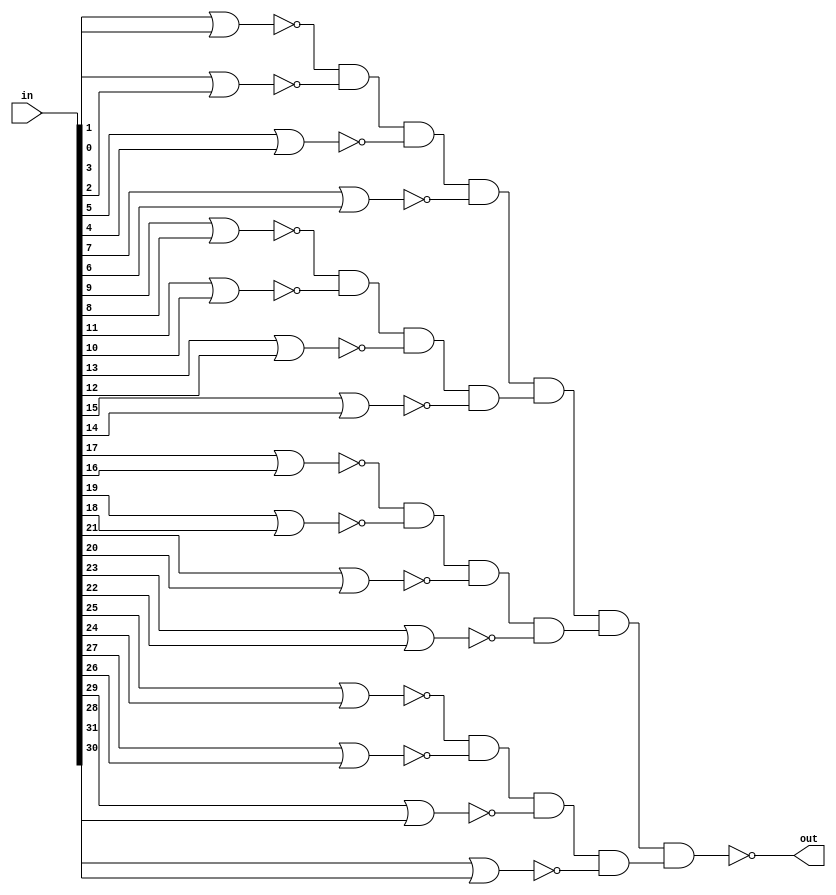
// ========== Copyright Header Begin ==========================================
// 
// OpenSPARC T1 Processor File: sparc_exu_aluor32.v
// Copyright (c) 2006 Sun Microsystems, Inc.  All Rights Reserved.
// DO NOT ALTER OR REMOVE COPYRIGHT NOTICES.
// 
// The above named program is free software; you can redistribute it and/or
// modify it under the terms of the GNU General Public
// License version 2 as published by the Free Software Foundation.
// 
// The above named program is distributed in the hope that it will be 
// useful, but WITHOUT ANY WARRANTY; without even the implied warranty of
// MERCHANTABILITY or FITNESS FOR A PARTICULAR PURPOSE.  See the GNU
// General Public License for more details.
// 
// You should have received a copy of the GNU General Public
// License along with this work; if not, write to the Free Software
// Foundation, Inc., 51 Franklin St, Fifth Floor, Boston, MA 02110-1301, USA.
// 
// ========== Copyright Header End ============================================
////////////////////////////////////////////////////////////////////////
/*
//  Module Name: sparc_exu_aluor32
//	Description: This block performs a 32 bit OR of the input source.
//			The result is the output nonzero.
*/


module sparc_exu_aluor32
  (/*AUTOARG*/
   // Outputs
   out, 
   // Inputs
   in
   );

   input [31:0] in;         // input to be compared to zero

   output       out;       // or of input bits

   wire         nor1_1;
   wire         nor1_2;
   wire         nor1_3;
   wire         nor1_4;
   wire         nor1_5;
   wire         nor1_6;
   wire         nor1_7;
   wire         nor1_8;
   wire         nor1_9;
   wire         nor1_10;
   wire         nor1_11;
   wire         nor1_12;
   wire         nor1_13;
   wire         nor1_14;
   wire         nor1_15;
   wire         nor1_16;
   wire         nand2_1;
   wire         nand2_2;
   wire         nand2_3;
   wire         nand2_4;
   wire         inv3_1;
   wire         inv3_2;
   wire         inv3_3;
   wire         inv3_4;

   assign       nor1_1 = ~(in[1] | in[0]);
   assign       nor1_2 = ~(in[3] | in[2]);
   assign       nor1_3 = ~(in[5] | in[4]);
   assign       nor1_4 = ~(in[7] | in[6]);
   assign       nor1_5 = ~(in[9] | in[8]);
   assign       nor1_6 = ~(in[11] | in[10]);
   assign       nor1_7 = ~(in[13] | in[12]);
   assign       nor1_8 = ~(in[15] | in[14]);
   assign       nor1_9 = ~(in[17] | in[16]);
   assign       nor1_10 = ~(in[19] | in[18]);
   assign       nor1_11 = ~(in[21] | in[20]);
   assign       nor1_12 = ~(in[23] | in[22]);
   assign       nor1_13 = ~(in[25] | in[24]);
   assign       nor1_14 = ~(in[27] | in[26]);
   assign       nor1_15 = ~(in[29] | in[28]);
   assign       nor1_16 = ~(in[31] | in[30]);

   assign       nand2_1 = ~(nor1_1 & nor1_2 & nor1_3 & nor1_4);
   assign       nand2_2 = ~(nor1_5 & nor1_6 & nor1_7 & nor1_8);
   assign       nand2_3 = ~(nor1_9 & nor1_10 & nor1_11 & nor1_12);
   assign       nand2_4 = ~(nor1_13 & nor1_14 & nor1_15 & nor1_16);

   assign       inv3_1 = ~nand2_1;
   assign       inv3_2 = ~nand2_2;
   assign       inv3_3 = ~nand2_3;
   assign       inv3_4 = ~nand2_4;

   assign       out = ~(inv3_1 & inv3_2 & inv3_3 & inv3_4);

endmodule // sparc_exu_aluor32